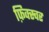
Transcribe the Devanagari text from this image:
फ़िक्स्चर